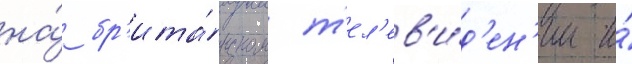
на́ бр'ита́нском т'ел'ев'и́д'ен'ии и́